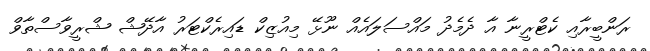
ރަންބީރާއި ކެޓްރީނާ އާ ދެމެދު މައްސަލައެއް ނޫޅޭ މިއުޒިކް ޑައިރެކްޓަރު އާދޭޝް ޝްރީވާސްތާވް